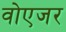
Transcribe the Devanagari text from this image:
वोएजर